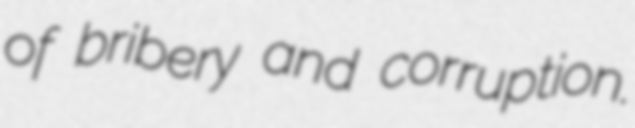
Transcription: of bribery and corruption.